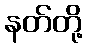
နတ်တို့